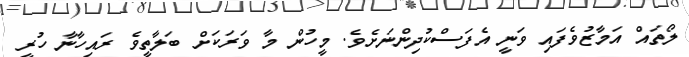
ލޯތައް އަމާޒުވެފައި ވަނީ އެފަސްކުދިންނަށެވެ. މީހުން މާ ވަރަކަށް ބަލާތީވެ ރައިހާނާ ހުރީ